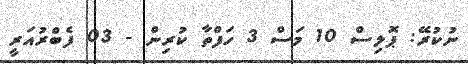
ނުކުރޭ: ޕޮލިސް 10 މަސް 3 ހަފްތާ ކުރިން - 03 ފެބްރުއަރީ